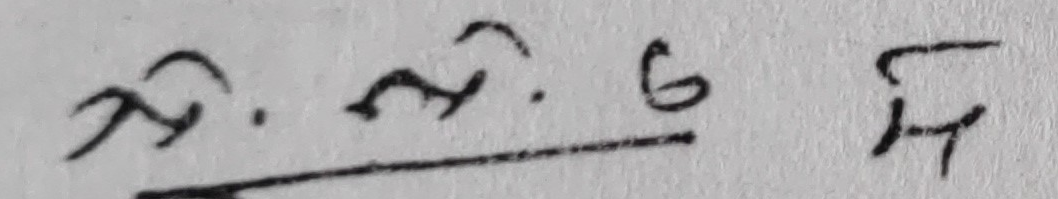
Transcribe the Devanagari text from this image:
३.३.६ ई